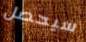
سيحصل